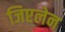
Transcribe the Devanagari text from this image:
जिएलेन